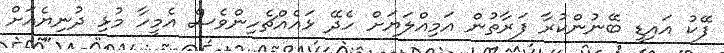
ފޭކު އައިޑީ ބޭނުންކުރާ ފަރާތުން އަމިއްލަޔަށް ހެދޭ ޅައެއްޗެހިންވެސް އެމީހާ މުޅި ދުނިޔެއަށް